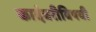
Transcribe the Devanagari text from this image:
कादंबरीविषयी